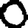
Digit: 0